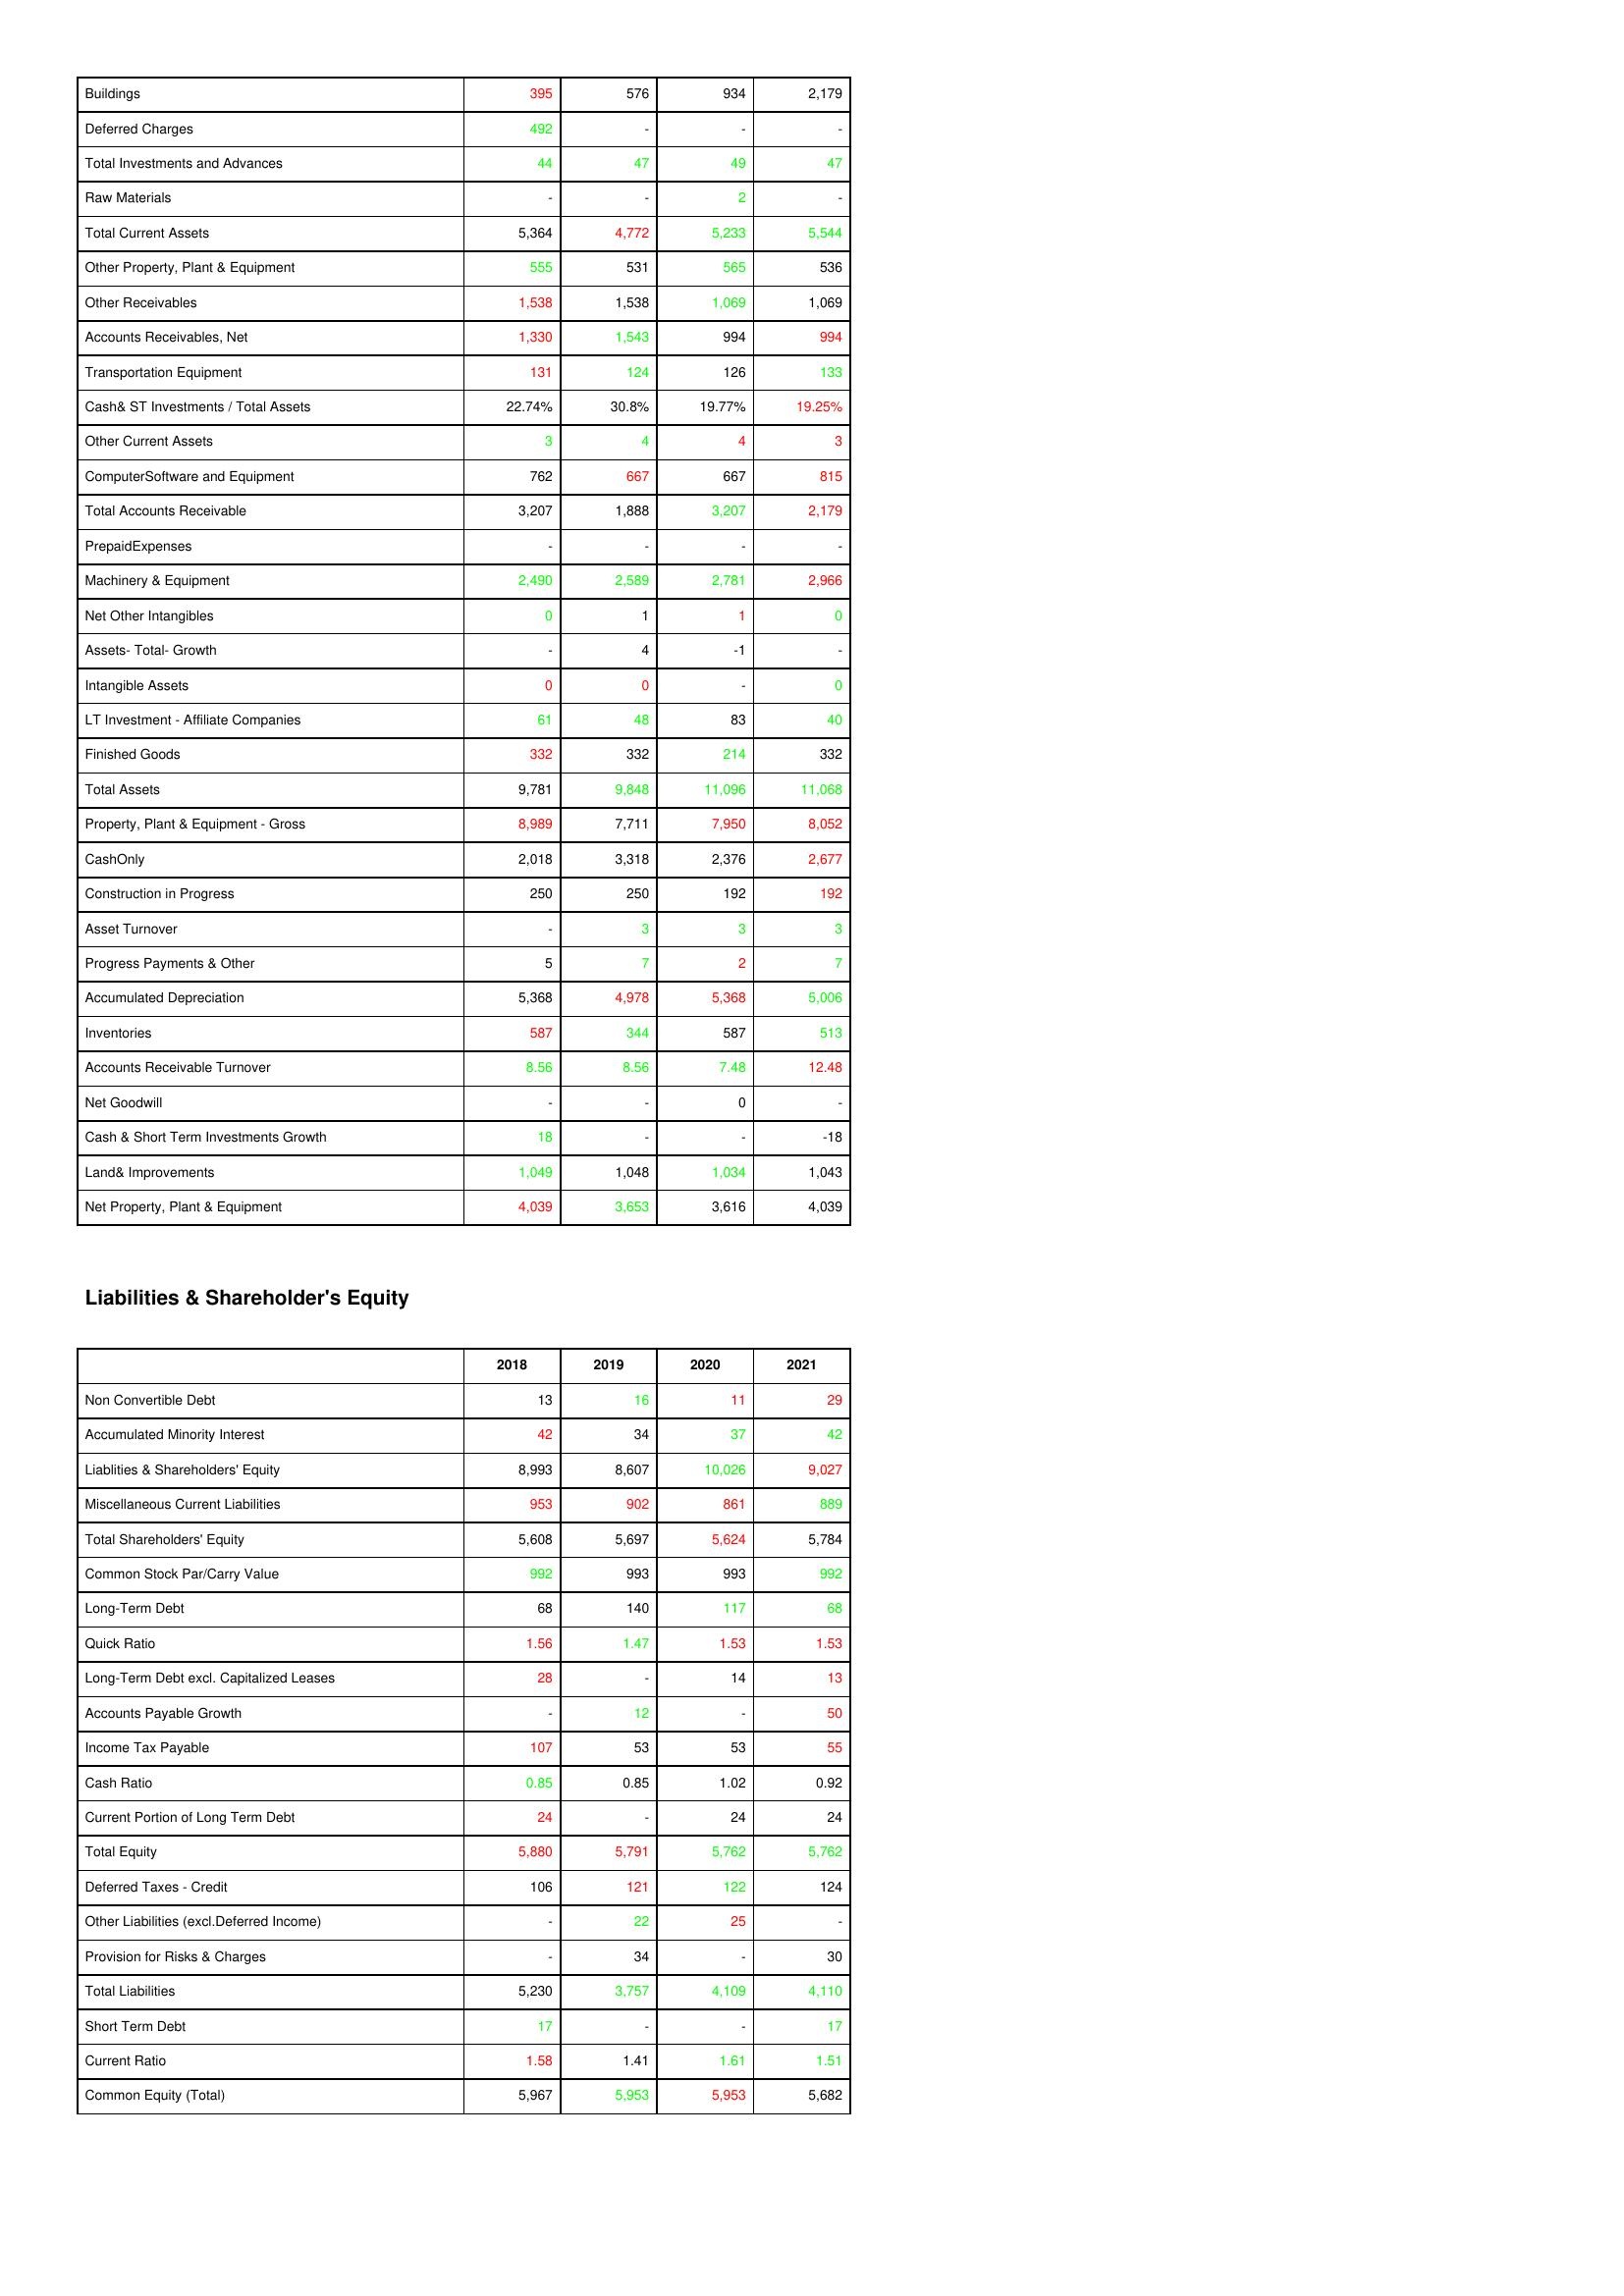
gt_parse: 2018: Assets: Buildings: 395
Deferred Charges: 492
Total Investments and Advances: 44
Raw Materials: -
Total Current Assets: 5,364
Other Property, Plant & Equipment: 555
Other Receivables: 1,538
Accounts Receivables, Net: 1,330
Transportation Equipment: 131
Cash& ST Investments / Total Assets: 22.74%
Other Current Assets: 3
ComputerSoftware and Equipment: 762
Total Accounts Receivable: 3,207
PrepaidExpenses: -
Machinery & Equipment: 2,490
Net Other Intangibles: 0
Assets- Total- Growth: -
Intangible Assets: 0
LT Investment - Affiliate Companies: 61
Finished Goods: 332
Total Assets: 9,781
Property, Plant & Equipment - Gross : 8,989
CashOnly: 2,018
Construction in Progress: 250
Asset Turnover: -
Progress Payments & Other: 5
Accumulated Depreciation: 5,368
Inventories: 587
Accounts Receivable Turnover: 8.56
Net Goodwill: -
Cash & Short Term Investments Growth: 18
Land& Improvements: 1,049
Net Property, Plant & Equipment: 4,039
Liabilities & Shareholder's Equity: Non Convertible Debt: 13
Accumulated Minority Interest: 42
Liablities & Shareholders' Equity: 8,993
Miscellaneous Current Liabilities: 953
Total Shareholders' Equity: 5,608
Common Stock Par/Carry Value: 992
Long-Term Debt: 68
Quick Ratio: 1.56
Long-Term Debt excl. Capitalized Leases: 28
Accounts Payable Growth: -
Income Tax Payable: 107
Cash Ratio: 0.85
Current Portion of Long Term Debt: 24
Total Equity: 5,880
Deferred Taxes - Credit: 106
Other Liabilities (excl.Deferred Income): -
Provision for Risks & Charges: -
Total Liabilities: 5,230
Short Term Debt: 17
Current Ratio: 1.58
Common Equity (Total): 5,967
2019: Assets: Buildings: 576
Deferred Charges: -
Total Investments and Advances: 47
Raw Materials: -
Total Current Assets: 4,772
Other Property, Plant & Equipment: 531
Other Receivables: 1,538
Accounts Receivables, Net: 1,543
Transportation Equipment: 124
Cash& ST Investments / Total Assets: 30.8%
Other Current Assets: 4
ComputerSoftware and Equipment: 667
Total Accounts Receivable: 1,888
PrepaidExpenses: -
Machinery & Equipment: 2,589
Net Other Intangibles: 1
Assets- Total- Growth: 4
Intangible Assets: 0
LT Investment - Affiliate Companies: 48
Finished Goods: 332
Total Assets: 9,848
Property, Plant & Equipment - Gross : 7,711
CashOnly: 3,318
Construction in Progress: 250
Asset Turnover: 3
Progress Payments & Other: 7
Accumulated Depreciation: 4,978
Inventories: 344
Accounts Receivable Turnover: 8.56
Net Goodwill: -
Cash & Short Term Investments Growth: -
Land& Improvements: 1,048
Net Property, Plant & Equipment: 3,653
Liabilities & Shareholder's Equity: Non Convertible Debt: 16
Accumulated Minority Interest: 34
Liablities & Shareholders' Equity: 8,607
Miscellaneous Current Liabilities: 902
Total Shareholders' Equity: 5,697
Common Stock Par/Carry Value: 993
Long-Term Debt: 140
Quick Ratio: 1.47
Long-Term Debt excl. Capitalized Leases: -
Accounts Payable Growth: 12
Income Tax Payable: 53
Cash Ratio: 0.85
Current Portion of Long Term Debt: -
Total Equity: 5,791
Deferred Taxes - Credit: 121
Other Liabilities (excl.Deferred Income): 22
Provision for Risks & Charges: 34
Total Liabilities: 3,757
Short Term Debt: -
Current Ratio: 1.41
Common Equity (Total): 5,953
2020: Assets: Buildings: 934
Deferred Charges: -
Total Investments and Advances: 49
Raw Materials: 2
Total Current Assets: 5,233
Other Property, Plant & Equipment: 565
Other Receivables: 1,069
Accounts Receivables, Net: 994
Transportation Equipment: 126
Cash& ST Investments / Total Assets: 19.77%
Other Current Assets: 4
ComputerSoftware and Equipment: 667
Total Accounts Receivable: 3,207
PrepaidExpenses: -
Machinery & Equipment: 2,781
Net Other Intangibles: 1
Assets- Total- Growth: -1
Intangible Assets: -
LT Investment - Affiliate Companies: 83
Finished Goods: 214
Total Assets: 11,096
Property, Plant & Equipment - Gross : 7,950
CashOnly: 2,376
Construction in Progress: 192
Asset Turnover: 3
Progress Payments & Other: 2
Accumulated Depreciation: 5,368
Inventories: 587
Accounts Receivable Turnover: 7.48
Net Goodwill: 0
Cash & Short Term Investments Growth: -
Land& Improvements: 1,034
Net Property, Plant & Equipment: 3,616
Liabilities & Shareholder's Equity: Non Convertible Debt: 11
Accumulated Minority Interest: 37
Liablities & Shareholders' Equity: 10,026
Miscellaneous Current Liabilities: 861
Total Shareholders' Equity: 5,624
Common Stock Par/Carry Value: 993
Long-Term Debt: 117
Quick Ratio: 1.53
Long-Term Debt excl. Capitalized Leases: 14
Accounts Payable Growth: -
Income Tax Payable: 53
Cash Ratio: 1.02
Current Portion of Long Term Debt: 24
Total Equity: 5,762
Deferred Taxes - Credit: 122
Other Liabilities (excl.Deferred Income): 25
Provision for Risks & Charges: -
Total Liabilities: 4,109
Short Term Debt: -
Current Ratio: 1.61
Common Equity (Total): 5,953
2021: Assets: Buildings: 2,179
Deferred Charges: -
Total Investments and Advances: 47
Raw Materials: -
Total Current Assets: 5,544
Other Property, Plant & Equipment: 536
Other Receivables: 1,069
Accounts Receivables, Net: 994
Transportation Equipment: 133
Cash& ST Investments / Total Assets: 19.25%
Other Current Assets: 3
ComputerSoftware and Equipment: 815
Total Accounts Receivable: 2,179
PrepaidExpenses: -
Machinery & Equipment: 2,966
Net Other Intangibles: 0
Assets- Total- Growth: -
Intangible Assets: 0
LT Investment - Affiliate Companies: 40
Finished Goods: 332
Total Assets: 11,068
Property, Plant & Equipment - Gross : 8,052
CashOnly: 2,677
Construction in Progress: 192
Asset Turnover: 3
Progress Payments & Other: 7
Accumulated Depreciation: 5,006
Inventories: 513
Accounts Receivable Turnover: 12.48
Net Goodwill: -
Cash & Short Term Investments Growth: -18
Land& Improvements: 1,043
Net Property, Plant & Equipment: 4,039
Liabilities & Shareholder's Equity: Non Convertible Debt: 29
Accumulated Minority Interest: 42
Liablities & Shareholders' Equity: 9,027
Miscellaneous Current Liabilities: 889
Total Shareholders' Equity: 5,784
Common Stock Par/Carry Value: 992
Long-Term Debt: 68
Quick Ratio: 1.53
Long-Term Debt excl. Capitalized Leases: 13
Accounts Payable Growth: 50
Income Tax Payable: 55
Cash Ratio: 0.92
Current Portion of Long Term Debt: 24
Total Equity: 5,762
Deferred Taxes - Credit: 124
Other Liabilities (excl.Deferred Income): -
Provision for Risks & Charges: 30
Total Liabilities: 4,110
Short Term Debt: 17
Current Ratio: 1.51
Common Equity (Total): 5,682